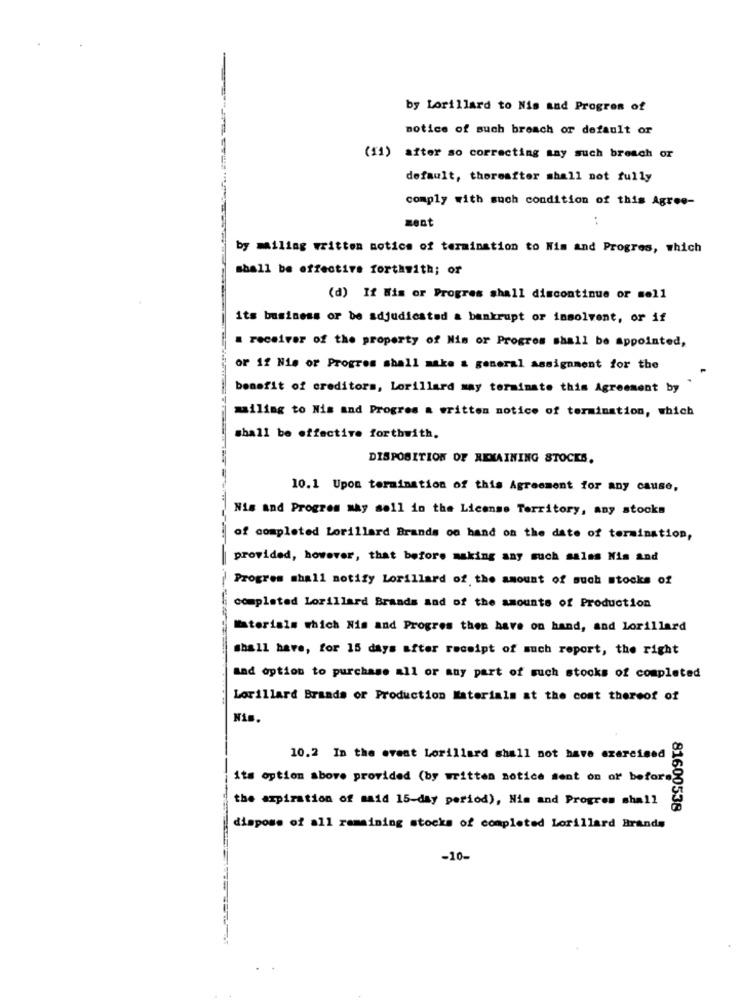
by Lorillard to Nis and Progres of
notice of such breach of default or
(11)
after so correcting any such breach or
default, thoreafter shall not fully
comply with such condition of this Agree-
zent
:
by mailing written notice of termination to Nim and Progres, which
shall be effective forthwith; or
(d) If Wis or Progres shall discontinue or sell
its business or be adjudicated a bankrupt or insolvent, or if
a receiver of the property of Nis or Progres shall be appointed,
OF 12 Nie or Progres shall make & general assignment for the
benefit of creditors, Lorillard may terminate this Agreement by
mailing to Nis and Progres a written notice of termination, which
shall be effective forthwith.
DISPOSITION OF REMAINING STOCKS,
10.1 Upon termination of this Agreement for any cause,
Nis and Progres may soll in the License Territory, any stocks
of completed Lorillard Brands on hand on the date of termination,
provided, however, that before making any such salas Nis and
Progres shall notify Lorillard of the amount of such stocks of
completed Lorillard Brands and of the amounts of Production
Materials which Nis and Progres then have on hand, and lorillard
Shall have, for 15 days after receipt of much report, the right
and option to purchase all or any part of such stocks of completed
Lorillard Brands or Production Materials at the cost thereof of
Nis.
10.2 In the event Lorillard shall not have exercised
its option above provided (by written notice sent on or before
the expiration of maid 15-day period), Him and Progres shall
81600538
dispose of all remaining stocks of completed Lorillard Brands
-10-